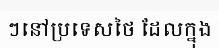
ៗនៅប្រទេសថៃ ដែលក្នុង